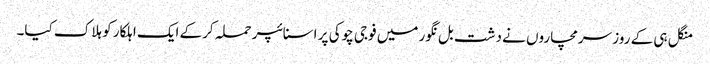
منگل ہی کے روز سرمچاروں نے دشت بل نگور میں فوجی چوکی پر اسنائپر حملہ کرکے ایک اہلکار کو ہلاک کیا۔